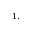
^ { 1 , }